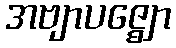
အဗျာပဇ္ဈော